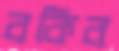
বকিব